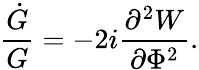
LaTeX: \frac{\dot{G}}{G}=-2i\frac{\partial^{2}W}{\partial\Phi^{2}}.